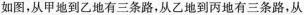
如图，从甲地到乙地有三条路，从乙地到丙地有三条路，从